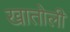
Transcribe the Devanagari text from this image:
खातोली